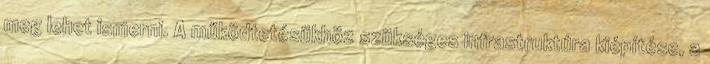
meg lehet ismerni. A működtetésükhöz szükséges infrastruktúra kiépítése, a